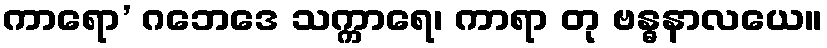
ကာရော’ ဂဘေဒေ သက္ကာရေ၊ ကာရာ တု ဗန္ဓနာလယေ။